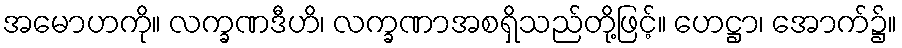
အမောဟကို။ လက္ခဏဒီဟိ၊ လက္ခဏာအစရှိသည်တို့ဖြင့်။ ဟေဋ္ဌာ၊ အောက်၌။